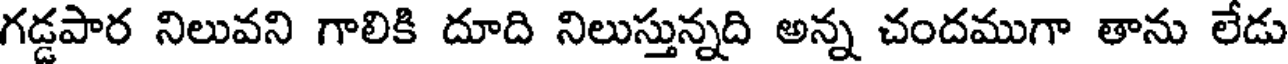
గడ్డపార నిలువని గాలికి దూది నిలుస్తున్నది అన్న చందముగా తాను లేడు